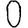
Digit: 0